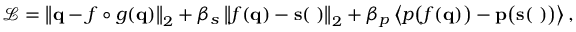
\mathcal { L } = \left\| \mathbf { q } - f \circ g ( \bf { q } ) \right\| _ { 2 } + \beta _ { s } \left\| f ( \bf { q } ) - \mathbf { s } ( \kappa ) \right\| _ { 2 } + \beta _ { p } \left\langle p \big ( f ( \bf { q } ) \big ) - p \big ( \mathbf { s } ( \kappa ) \big ) \right\rangle \mathrm { , }